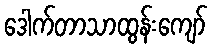
ဒေါက်တာသာထွန်းကျော်